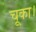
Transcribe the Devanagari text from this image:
चूका।